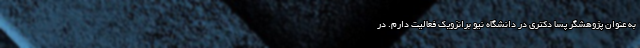
به عنوان پژوهشگر پسا دکتری در دانشگاه نیو برانزویک فعالیت دارم. در